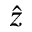
\hat { z }